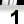
Digit: 1